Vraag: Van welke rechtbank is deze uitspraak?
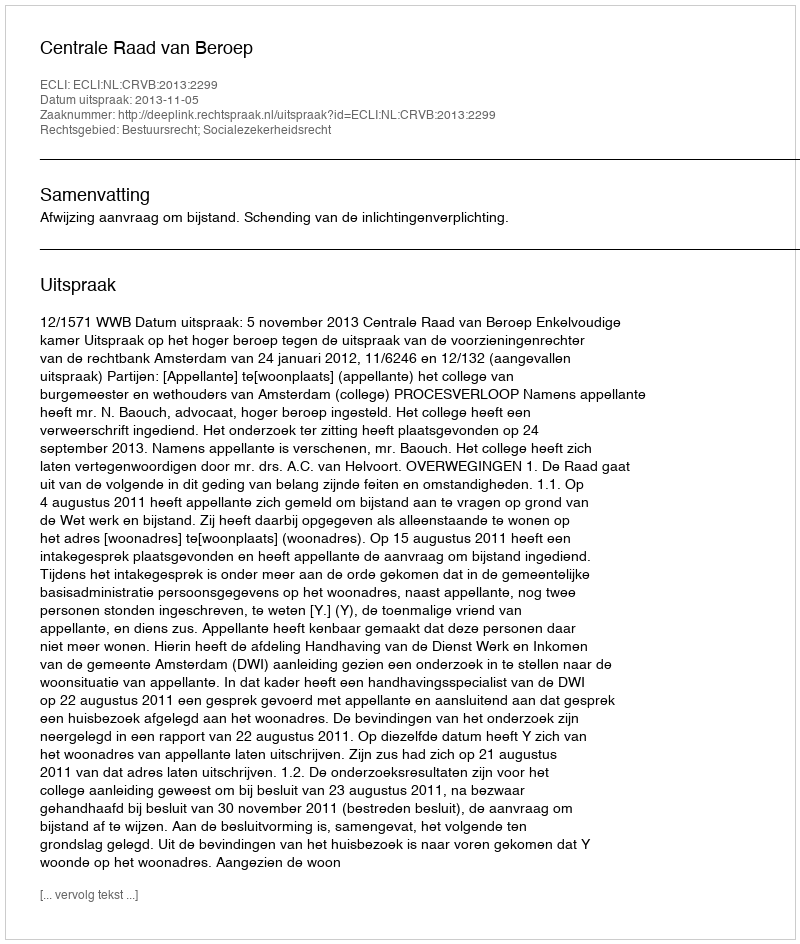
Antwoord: Centrale Raad van Beroep